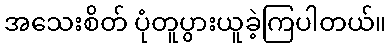
အသေးစိတ် ပုံတူပွားယူခဲ့ကြပါတယ်။